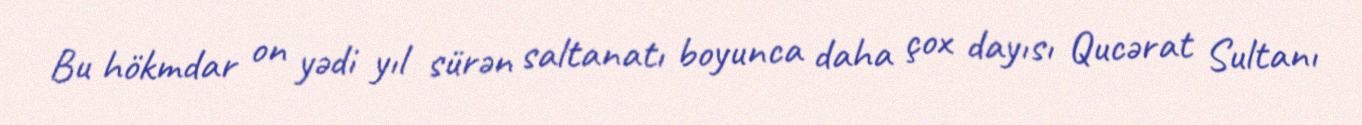
Bu hökmdar on yədi yıl sürən saltanatı boyunca daha çox dayısı Qucərat Sultanı